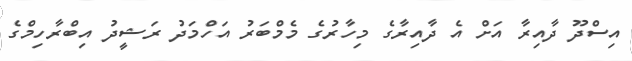
އިސްދޫ ދާއިރާ އަށް އެ ދާއިރާގެ މިހާރުގެ މެމްބަރު އަހްމަދު ރަޝީދު އިބްރާހިމްގެ